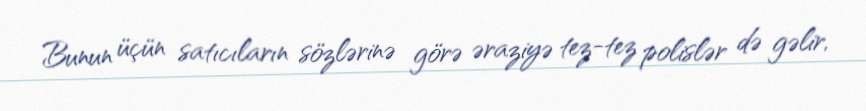
Bunun üçün satıcıların sözlərinə görə əraziyə tez-tez polislər də gəlir,